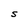
Character: S